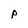
Character: P